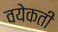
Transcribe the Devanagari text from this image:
वयेकती